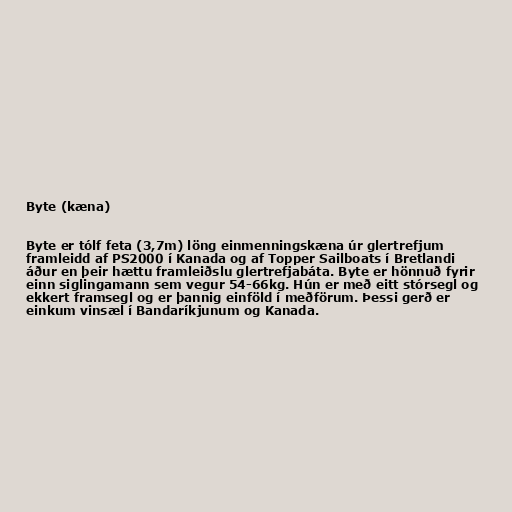
Byte (kæna)

Byte er tólf feta (3,7m) löng einmenningskæna úr glertrefjum
framleidd af PS2000 í Kanada og af Topper Sailboats í Bretlandi
áður en þeir hættu framleiðslu glertrefjabáta. Byte er hönnuð fyrir
einn siglingamann sem vegur 54-66kg. Hún er með eitt stórsegl og
ekkert framsegl og er þannig einföld í meðförum. Þessi gerð er
einkum vinsæl í Bandaríkjunum og Kanada.